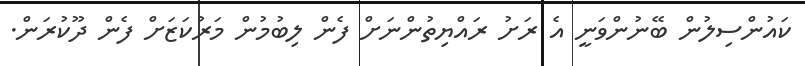
ކައުންސިލުން ބޭނުންވަނީ އެ ރަށު ރައްޔިތުންނަށް ފެން ލިބުމުން މަރުކަޒަށް ފެން ދޫކުރަން.